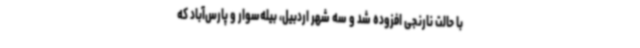
با حالت نارنجی افزوده شد و سه شهر اردبیل، بیله‌سوار و پارس‌آباد که